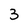
Character: 3